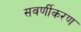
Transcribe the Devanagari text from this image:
सवर्णीकरण